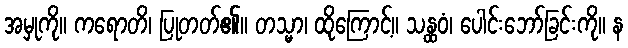
အမှုကို။ ကရောတိ၊ ပြုတတ်၏။ တသ္မာ၊ ထိုကြောင့်။ သန္ထဝံ၊ ပေါင်းဘော်ခြင်းကို။ န